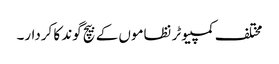
مختلف کمپیوٹر نظاموں کے بیچ گوند کا کردار۔